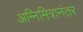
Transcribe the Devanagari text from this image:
अग्निमित्रानंतर